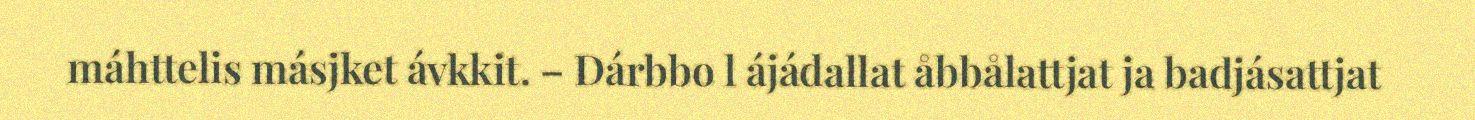
máhttelis másjket ávkkit. – Dárbbo l ájádallat åbbålattjat ja badjásattjat